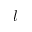
l